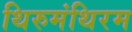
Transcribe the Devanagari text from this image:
थिरुमंथिरम